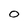
Character: O